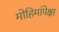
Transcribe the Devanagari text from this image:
मोहिमांपेक्षा